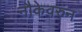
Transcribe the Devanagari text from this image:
नौकेवरुन